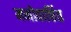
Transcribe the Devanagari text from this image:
मनोवाछिंत